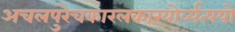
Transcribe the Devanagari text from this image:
अचलपुरेचकारलकारयोर्व्यत्ययो